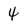
Character: 4